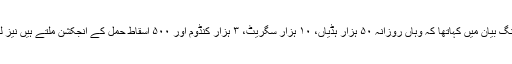
آہوجا نے جے این یو پر اپنے اوٹ پٹانگ بیان میں کہاتھا کہ وہاں روزآنہ ۵۰ ہزار ہڈیاں، ۱۰ ہزار سگریٹ، ۳ ہزار کنڈوم اور ۵۰۰ اسقاط حمل کے انجکشن ملتے ہیں نیز لڑکے لڑکیاں عریاں رقص کرتے ہیں۔